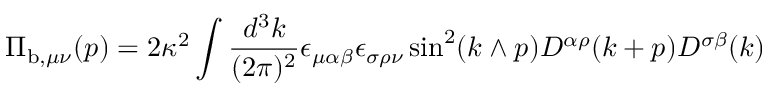
\Pi _ { \mathrm { b } , \mu \nu } ( p ) = 2 \kappa ^ { 2 } \int \frac { d ^ { 3 } k } { ( 2 \pi ) ^ { 2 } } \epsilon _ { \mu \alpha \beta } \epsilon _ { \sigma \rho \nu } \sin ^ { 2 } ( k \wedge p ) D ^ { \alpha \rho } ( k + p ) D ^ { \sigma \beta } ( k )